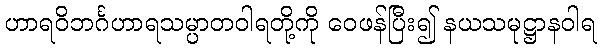
ဟာရဝိဘင်္ဂဟာရသမ္ပာတဝါရတို့ကို ဝေဖန်ပြီး၍ နယသမုဋ္ဌာနဝါရ